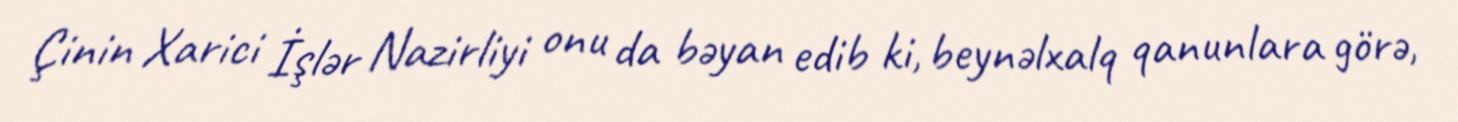
Çinin Xarici İşlər Nazirliyi onu da bəyan edib ki, beynəlxalq qanunlara görə,